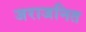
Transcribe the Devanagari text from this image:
जराजनित